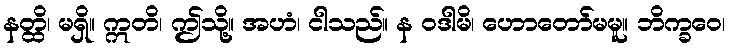
နတ္ထိ၊ မရှိ။ ဣတိ၊ ဤသို့။ အဟံ၊ ငါသည်။ န ဝဒါမိ၊ ဟောတော်မမူ။ ဘိက္ခဝေ၊